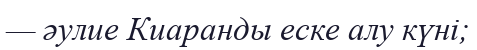
— әулие Киаранды еске алу күні;